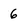
Character: 6